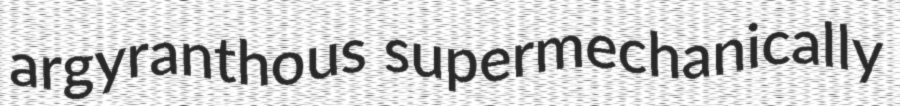
argyranthous supermechanically